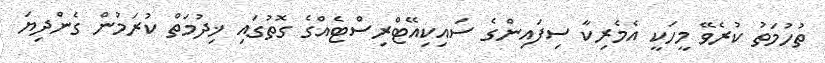
ތުހުމަތު ކުރެވޭ މީހަކީ އެމެރިކާ ސިފައިންގެ ސައިކިއޭޓްރިސްޓެއްގެ ގޮތުގައި ޚިދުމަތް ކުރަމުން ގެންދިޔަ